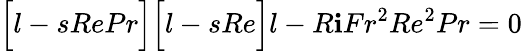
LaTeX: \Big[l-sRePr\Big]\Big[l-sRe\Big]l-R\mathbf{i}Fr^{2}Re^{2}Pr=0